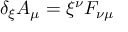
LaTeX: \delta _ { \xi } A _ { \mu } = \xi ^ { \nu } F _ { \nu \mu }